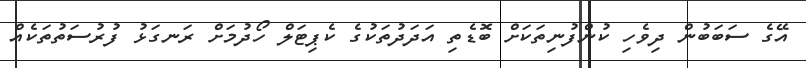
އޭގެ ސަބަބުން ދިވެހި ކުންފުނިތަކަށް ބޮޑެތި އަދަދުތަކުގެ ކެޕިޓަލް ހޯދުމަށް ރަނގަޅު ފުރުސަތުތަކެއް